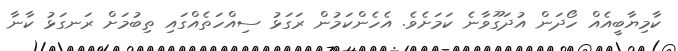
ކާމިޔާބީއެއް ހޯދަން އުދަގޫވާނެ ކަމަށެވެ. އެހެންކަމުން ރަގަޅު ސިއްހަތެއްގައި ތިބުމަށް ރަނގަޅު ކާނާ